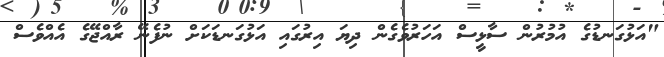
"އަޅުގަނޑުގެ އުމުރުން ސާޅީސް އަހަރުވެގެން ދިޔަ އިރުގައި އަޅުގަނޑަކަށް ނުފެނޭ ރާއްޖޭގެ އެއްވެސް